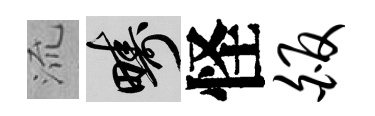
𣴑疇怪皈